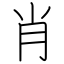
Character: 肖